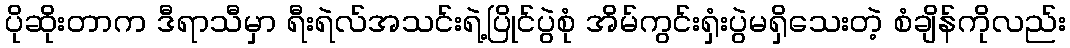
ပိုဆိုးတာက ဒီရာသီမှာ ရီးရဲလ်အသင်းရဲ့ပြိုင်ပွဲစုံ အိမ်ကွင်းရှံးပွဲမရှိသေးတဲ့ စံချိန်ကိုလည်း